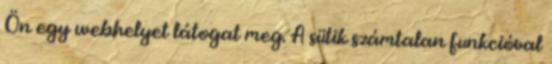
Ön egy webhelyet látogat meg. A sütik számtalan funkcióval